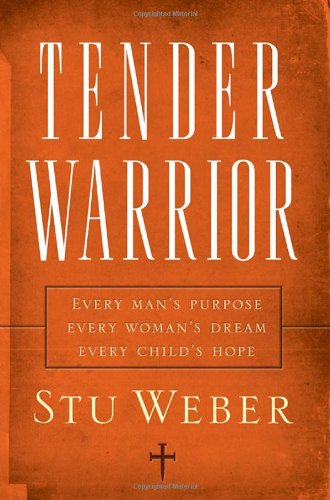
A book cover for Tender Warrior: Every Man's Purpose, Every Woman's Dream, Every Child's Hope; Stu Weber; Christian Books & Bibles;